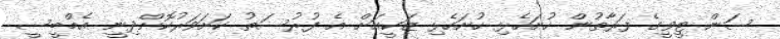
ސަން ޓީވީގެ ފަރާތުން ހުށަހެޅި ހުށަހެޅި ޒަކީއަށް އެ ފުރުސަތު ކަށަވަރުކޮށްދިނީ އެމްބީސީ